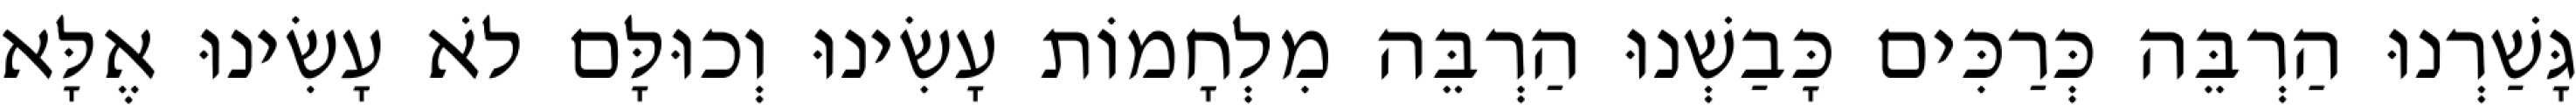
גָּשַׁרְנוּ הַרְבֵּה כְּרַכִּים כָּבַשְׁנוּ הַרְבֵּה מִלְחָמוֹת עָשִׂינוּ וְכוּלָּם לֹא עָשִׂינוּ אֶלָּא